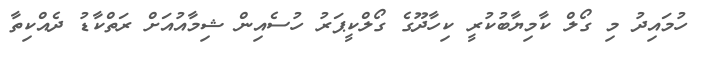
ހުމައިދު މި ގޯލް ކާމިޔާބުކުރީ ކިހާދޫގެ ގޯލްކީޕަރު ހުސެއިން ޝިމާއުއަށް ރަތްކާޑު ދެއްކިތާ